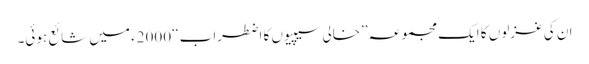
ان کی غزلوں کا ایک مجموعہ ’’خالی سیپیوں کا اضطراب ‘‘2000ء میں شائع ہوئی۔